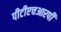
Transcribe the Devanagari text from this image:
पीटीएचआरपी